Civil Veterinary Dept. North-West Frontier Province 1901-22 - 1901-1922
Year: 1901
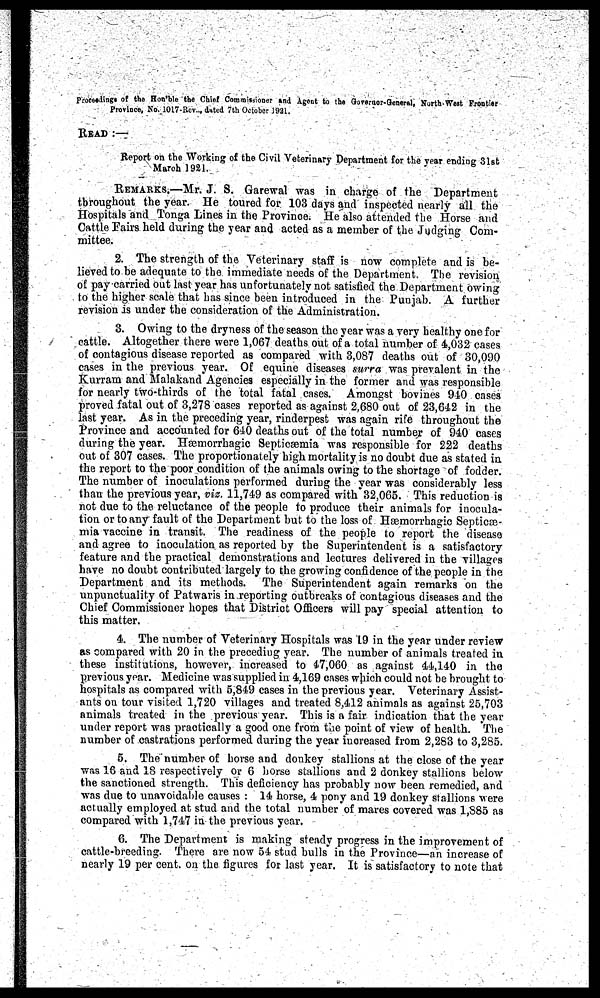
Proceedings of the Hon'ble the Chief Commissioner and Agent to the Governor-General, North-West Frontier
Province, No. 1017-Rev.., dated 7th October 1921.
READ:—
Report on the Working of the Civil Veterinary Department for the year ending 31st
March 1921.
REMARKS.—Mr. J. S. Garewal was in charge of the Department
throughout the year. He toured for 103 days and inspected nearly all the
Hospitals and Tonga Lines in the Province. He also attended the Horse and
Cattle Fairs held during the year and acted as a member of the Judging Com-
mittee.
2. The strength of the Veterinary staff is now complete and is be-
lieved to be adequate to the immediate needs of the Department. The revision
of pay carried out last year has unfortunately not satisfied the Department owing
to the higher scale that has since been introduced in the Punjab. A further
revision is under the consideration of the Administration.
3. Owing to the dryness of the season the year was a very healthy one for
cattle. Altogether there were 1,067 deaths out of a total number of 4,032 cases
of contagious disease reported as compared with 3,087 deaths out of 30,090
cases in the previous year. Of equine diseases surra was prevalent in the
Kurram and Malakand Agencies especially in the former and was responsible
for nearly two-thirds of the total fatal cases. Amongst bovines 940 cases
proved fatal out of 3,278 cases reported as against 2,680 out of 23,642 in the
last year. As in the preceding year, rinderpest was again rife throughout the
Province and accounted for 640 deaths out of the total number of 940 cases
during the year. Hæmorrhagic Septicæmia was responsible for 222 deaths
out of 307 cases. The proportionately high mortality is no doubt due as stated in
the report to the poor condition of the animals owing to the shortage of fodder.
The number of inoculations performed during the year was considerably less
than the previous year, viz. 11,749 as compared with 32,065. This reduction is
not due to the reluctance of the people to produce their animals for inocula-
tion or to any fault of the Department but to the loss of Hæmorrhagic Septicæ-
mia vaccine in transit. The readiness of the people to report the disease
and agree to inoculation as reported by the Superintendent is a satisfactory
feature and the practical demonstrations and lectures delivered in the villages
have no doubt contributed largely to the growing confidence of the people in the
Department and its methods. The Superintendent again remarks on the
unpunctuality of Patwaris in reporting outbreaks of contagious diseases and the
Chief Commissioner hopes that District Officers will pay special attention to
this matter.
4. The number of Veterinary Hospitals was 19 in the year under review
as compared with 20 in the preceding year. The number of animals treated in
these institutions, however, increased to 47,060 as against 44,140 in the
previous year. Medicine was supplied in 4,169 cases which could not be brought to
hospitals as compared with 5,849 cases in the previous year. Veterinary Assist-
ants on tour visited 1,720 villages and treated 8,412 animals as against 25,703
animals treated in the previous year. This is a fair indication that the year
under report was practically a good one from the point of view of health. The
number of castrations performed during the year increased from 2,283 to 3,285.
5. The number of horse and donkey stallions at the close of the year
was 16 and 18 respectively or 6 horse stallions and 2 donkey stallions below
the sanctioned strength. This deficiency has probably now been remedied, and
was due to unavoidable causes: 14 horse, 4 pony and 19 donkey stallions were
actually employed at stud and the total number of mares covered was 1,885 as
compared with 1,747 in the previous year.
6. The Department is making steady progress in the improvement of
cattle-breeding. There are now 54 stud bulls in the Province—an increase of
nearly 19 per cent. on the figures for last year. It is satisfactory to note that